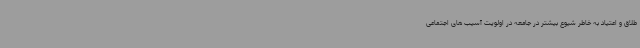
طلاق و اعتیاد به خاطر شیوع بیشتر در جامعه در اولویت آسیب های اجتماعی